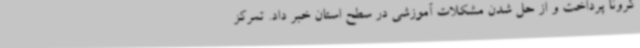
کرونا پرداخت و از حل شدن مشکلات آموزشی در سطح استان خبر داد. تمرکز